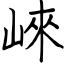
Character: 崍